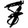
Digit: 7